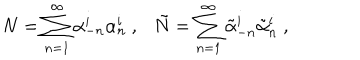
N = \sum _ { n = 1 } ^ { \infty } \alpha _ { - n } ^ { i } \alpha _ { n } ^ { i } ~ , \tilde { N } = \sum _ { n = 1 } ^ { \infty } \tilde { \alpha } _ { - n } ^ { i } \tilde { \alpha } _ { n } ^ { i } \ ,